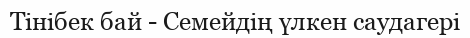
Тінібек бай - Семейдің үлкен саудагері